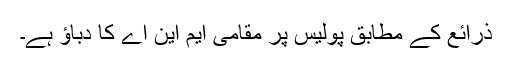
ذرائع کے مطابق پولیس پر مقامی ایم این اے کا دباؤ ہے۔